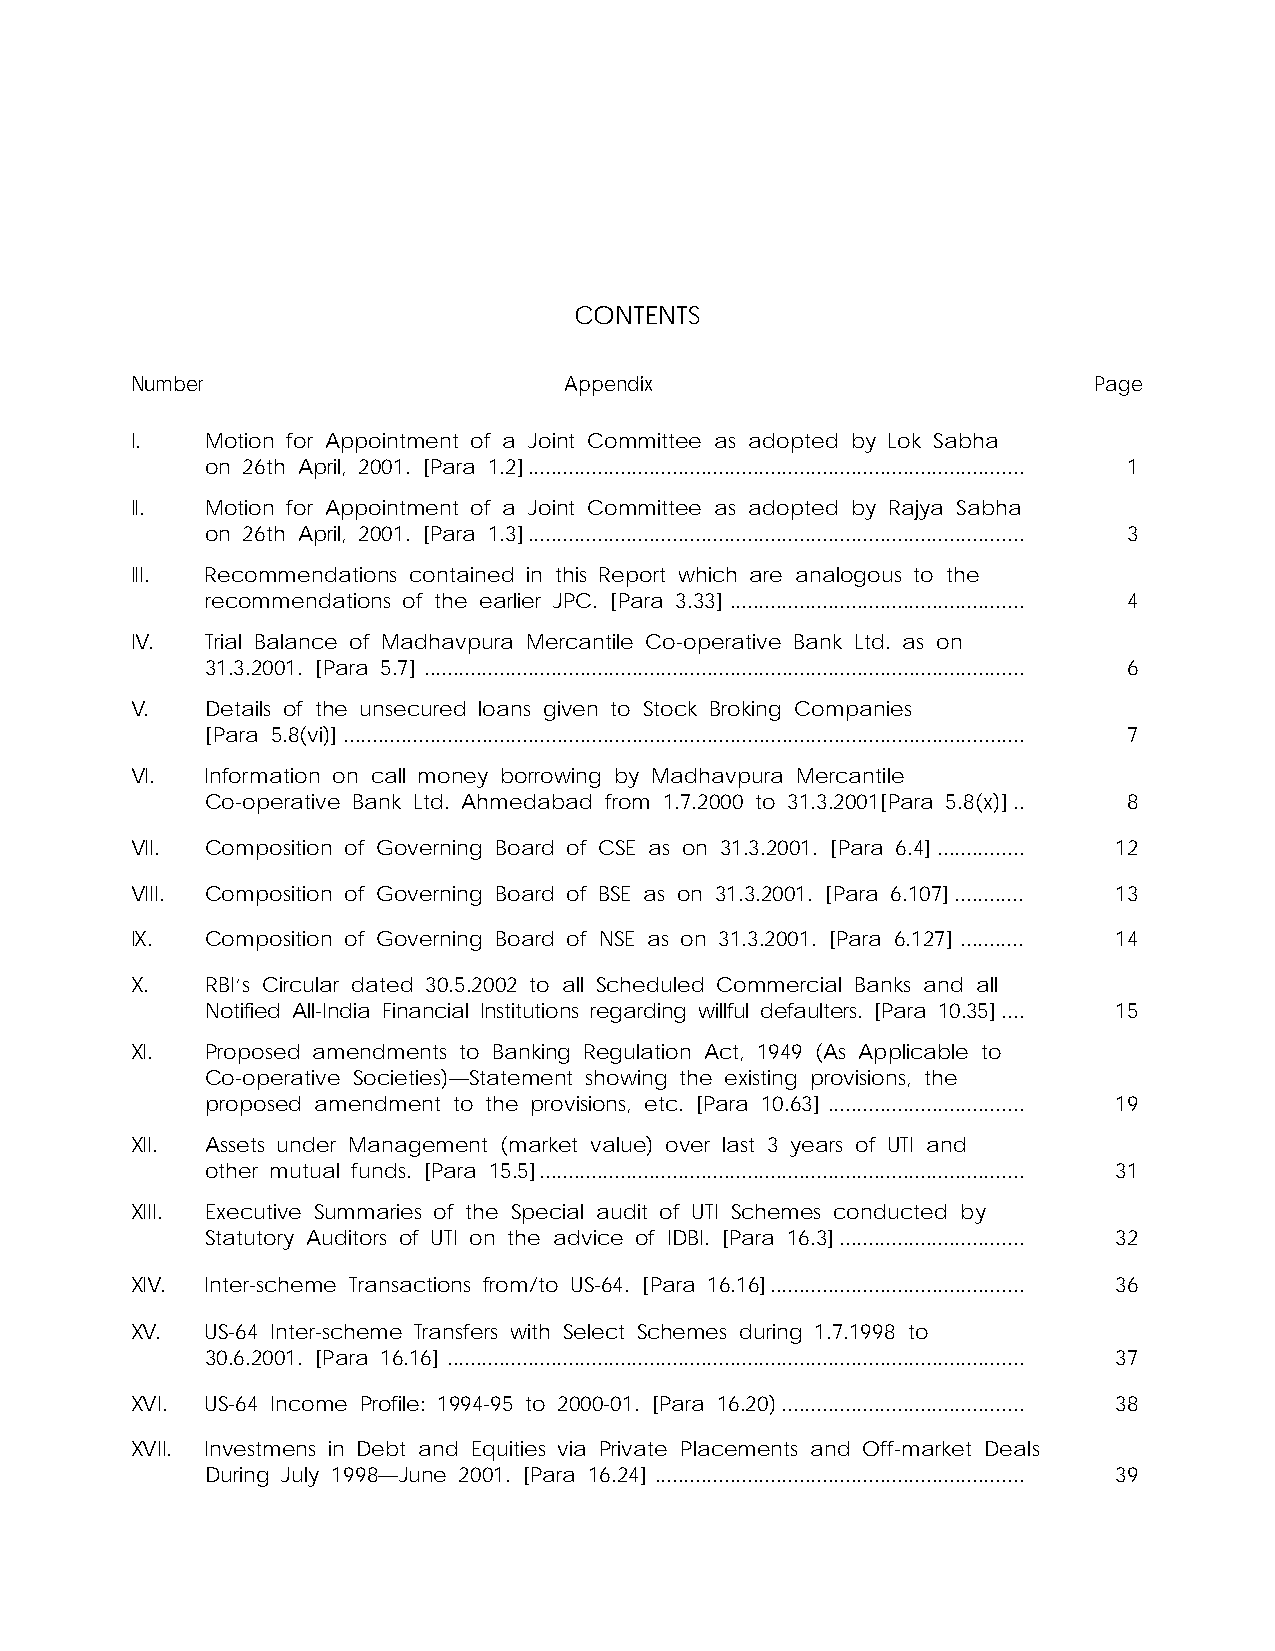
CONTENTS
 Number                      Appendix                           Page
 I.   Motion for Appointment of a Joint Committee as adopted by Lok Sabha
 on 26th April, 2001. [Para 1.2]...................................................................................... 1
 II.  Motion for Appointment of a Joint Committee as adopted by Rajya Sabha
 on 26th April, 2001. [Para 1.3]...................................................................................... 3
 III. Recommendations contained in this Report which are analogous to the
 recommendations of the earlier JPC. [Para 3.33] ................................................... 4
 IV.  Trial Balance of Madhavpura Mercantile Co-operative Bank Ltd. as on
 31.3.2001. [Para 5.7] ........................................................................................................ 6
 V.   Details of the unsecured loans given to Stock Broking Companies
 [Para 5.8(vi)]...................................................................................................................... 7
 VI.  Information on call money borrowing by Madhavpura Mercantile
 Co-operative Bank Ltd. Ahmedabad from 1.7.2000 to 31.3.2001[Para 5.8(x)].. 8
 VII. Composition of Governing Board of CSE as on 31.3.2001. [Para 6.4]............... 12
 VIII. Composition of Governing Board of BSE as on 31.3.2001. [Para 6.107]............ 13
 IX.  Composition of Governing Board of NSE as on 31.3.2001. [Para 6.127] ........... 14
 X.   RBI’s Circular dated 30.5.2002 to all Scheduled Commercial Banks and all
 Notified All-India Financial Institutions regarding willful defaulters. [Para 10.35].... 15
 XI.  Proposed amendments to Banking Regulation Act, 1949 (As Applicable to
 Co-operative Societies)—Statement showing the existing provisions, the
 proposed amendment to the provisions, etc. [Para 10.63] .................................. 19
 XII. Assets under Management (market value) over last 3 years of UTI and
 other mutual funds. [Para 15.5].................................................................................... 31
 XIII. Executive Summaries of the Special audit of UTI Schemes conducted by
 Statutory Auditors of UTI on the advice of IDBI. [Para 16.3]................................ 32
 XIV. Inter-scheme Transactions from/to US-64. [Para 16.16]............................................ 36
 XV.  US-64 Inter-scheme Transfers with Select Schemes during 1.7.1998 to
 30.6.2001. [Para 16.16] .................................................................................................... 37
 XVI. US-64 Income Profile: 1994-95 to 2000-01. [Para 16.20).......................................... 38
 XVII. Investmens in Debt and Equities via Private Placements and Off-market Deals
 During July 1998—June 2001. [Para 16.24] ................................................................ 39